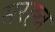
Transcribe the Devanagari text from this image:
सरह्न्न